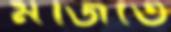
মজিতে